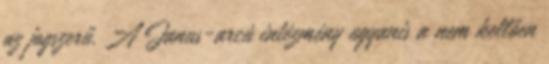
az jogszerű. A Janus-arcú intézmény ugyanis a nem kellően